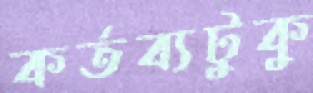
কর্তব্যটুকু